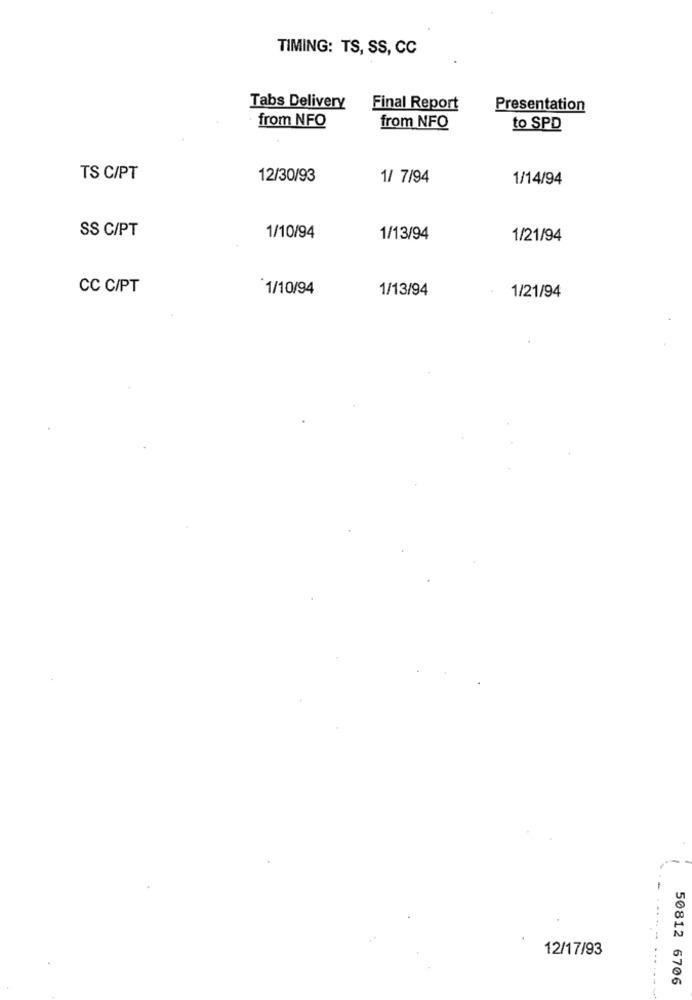
TIMING: TS, SS, CC
Tabs Delivery
Final Report
Presentation
from NFO
from NFO
to SPD
TS C/PT
12/30/93
1/ 7/94
1/14/94
SS C/PT
1/10/94
1/13/94
1/21/94
CC C/PT
`1/10/94
1/13/94
1/21/94
12/17/93
50812 6706